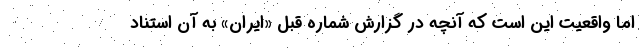
اما واقعیت این است که آنچه در گزارش شماره قبل «ایران» به آن استناد